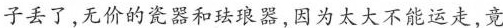
子丢了，无价的瓷器和珐琅器，因为太大不能运走，竟